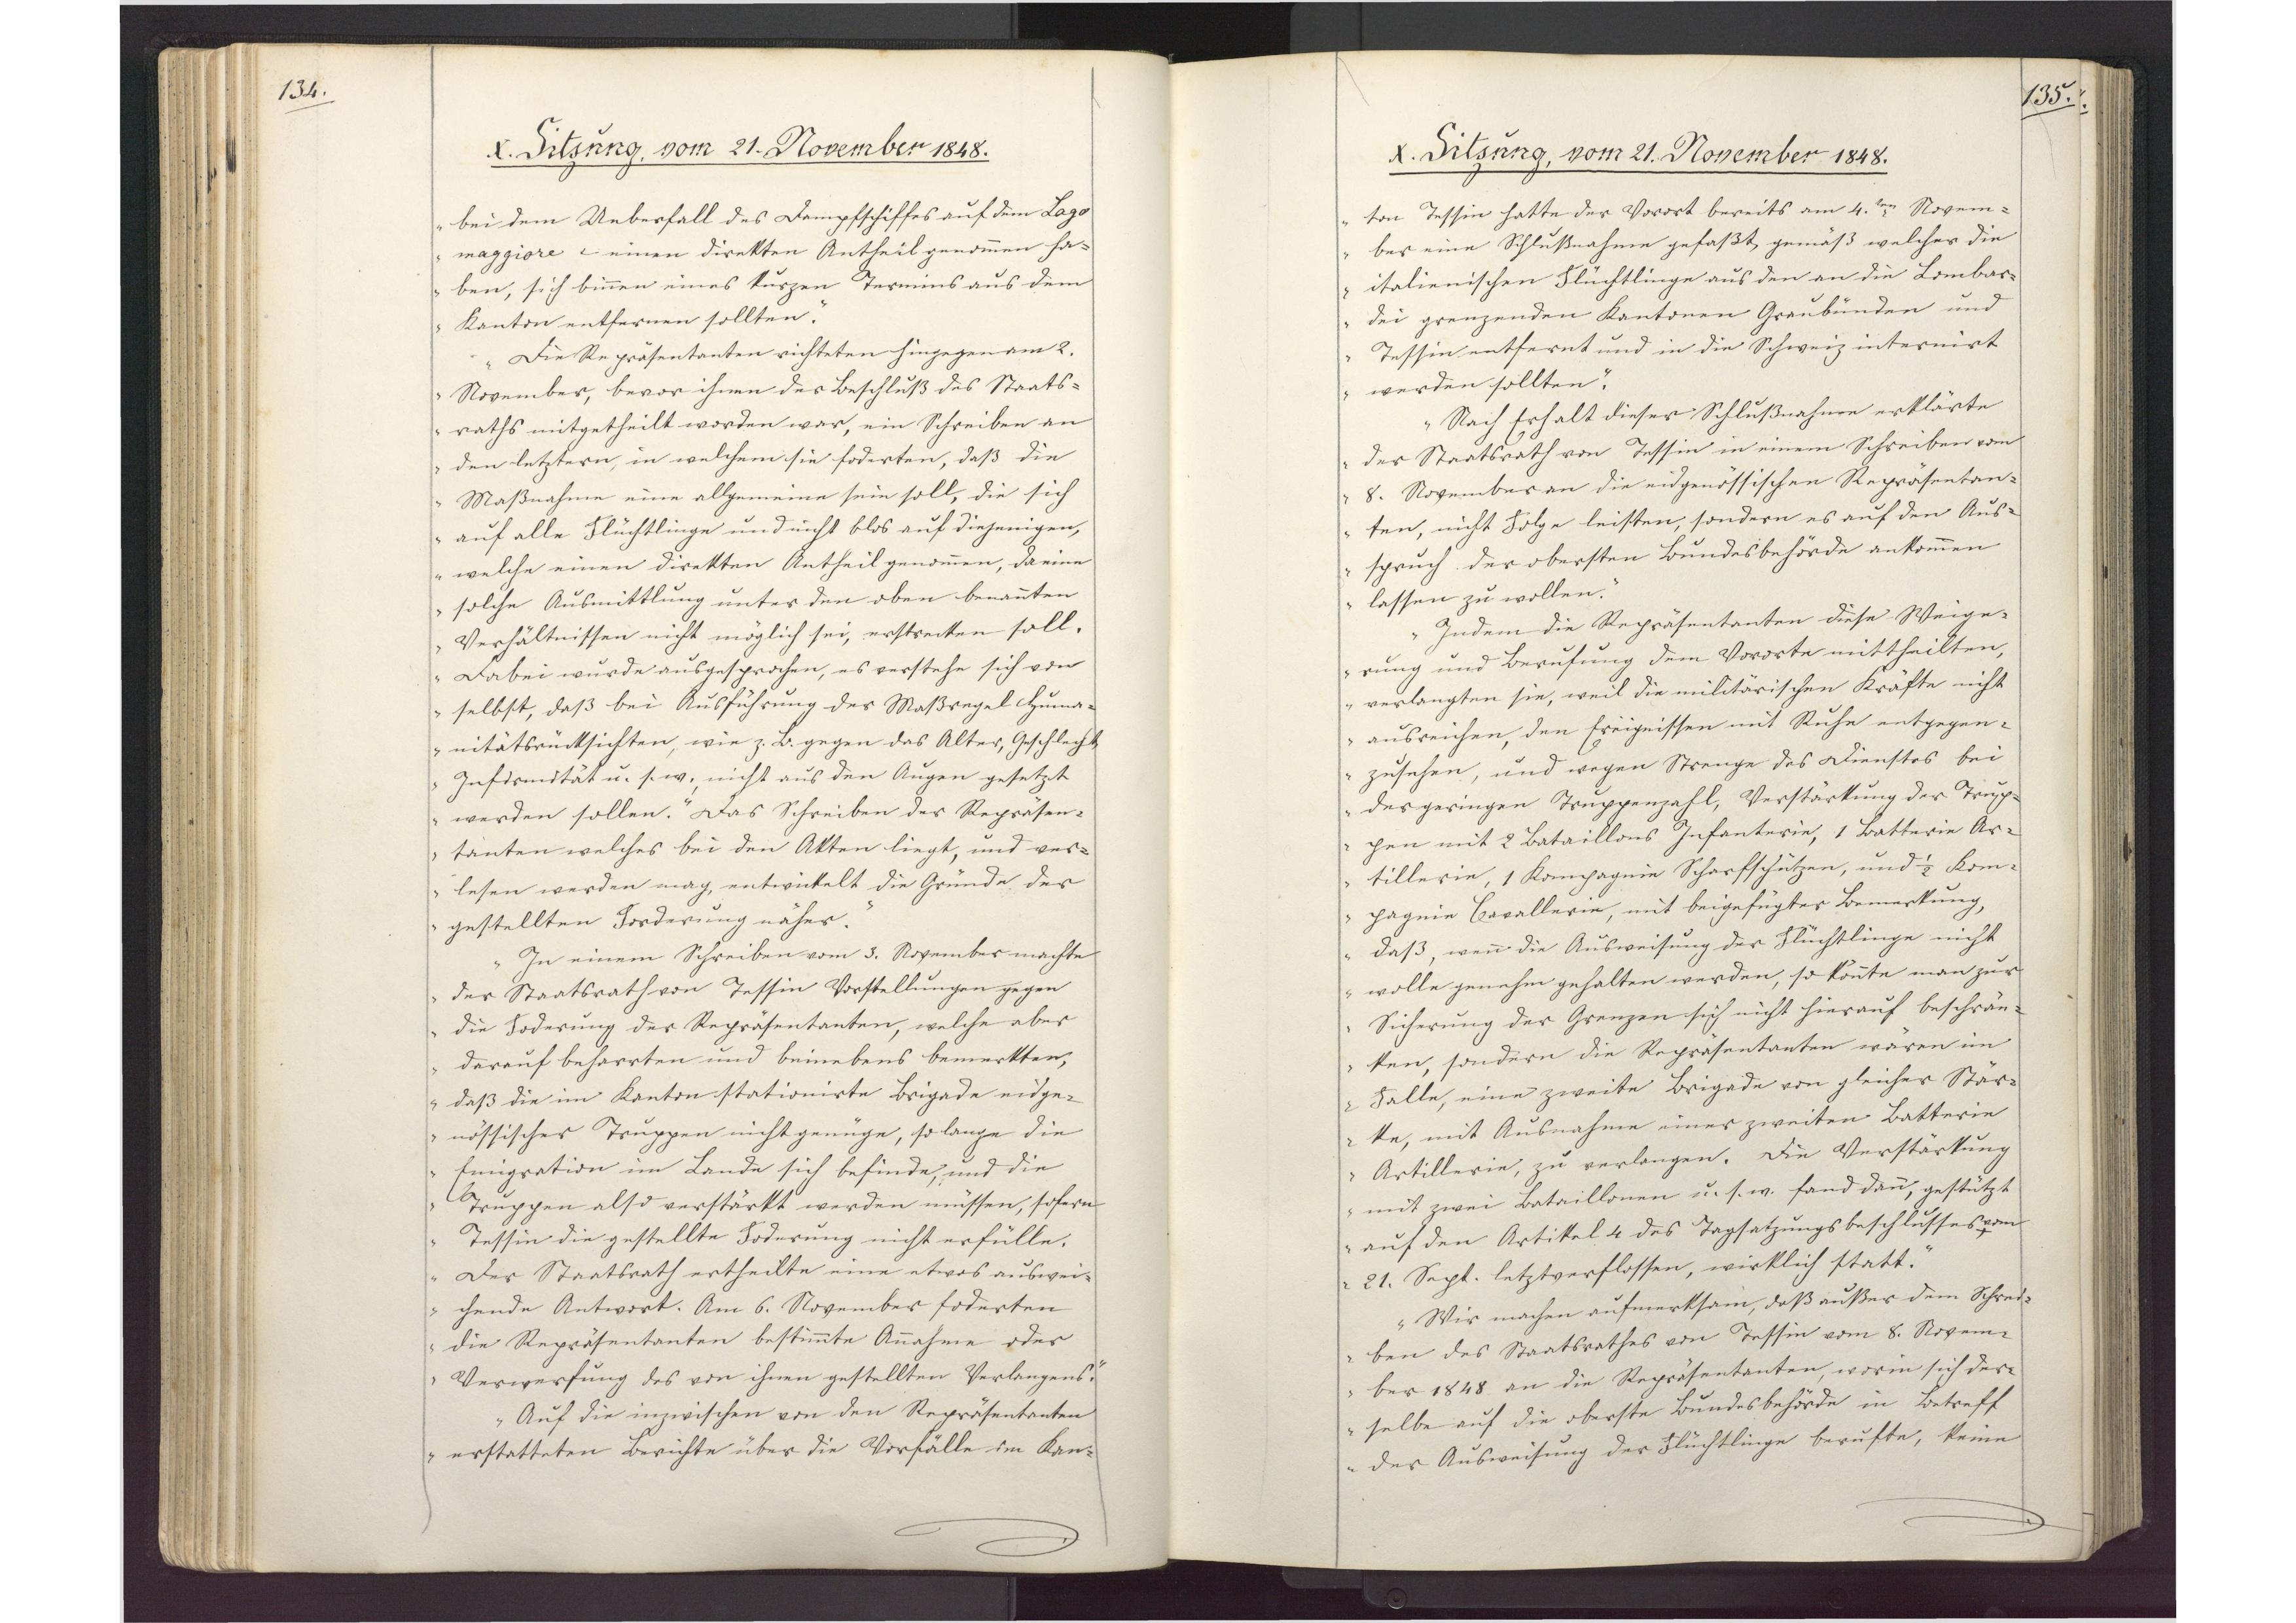
134.

X. Sitzung, vom 21. November 1848.

bei dem Ueberfall des Dampfschiffes auf dem Lago
maggiore einen direkten Antheil genommen ha¬
ben, sich binnen eines kurzen Termins aus dem
Kanton entfernen sollten.
Die Repräsentanten richteten hingegen am 2.
November, bevor ihnen der Beschluß des Staats¬
raths mitgetheilt worden war, ein Schreiben an
den letztern, in welchem sie foderten, daß die
Maßnahme eine allgemeine sein soll, die sich
auf alle Flüchtlinge und nicht blos auf diejenigen,
welche einen direkten Antheil genommen, da eine
solche Ausmittlung unter den oben benannten
Verhältnissen nicht möglich sei, erstrecken soll.
Dabei wurde ausgesprochen, es verstehe sich von
selbst, daß bei Ausführung der Maßregel Huma¬
nitätsrücksichten, wie z.B. gegen das Alter, Geschlecht,
Infirmität u. s. w., nicht aus den Augen gesetzt
werden sollen. Das Schreiben der Repräsen¬
tanten welches bei den Akten liegt, und ver¬
lesen werden mag, entwickelt die Gründe der
gestellten Forderung näher.
In einem Schreiben vom 3. November machte
der Staatsrath von Tessin Vorstellungen gegen
die Foderung der Repräsentanten, welche aber
darauf beharrten und beinebens bemerkten,
daß die im Kanton stationirte Brigade eidge¬
nössischer Truppen nicht genüge, so lange die
Emigration im Lande sich befinde, und die
Truppen also verstärkt werden müssen, sofern
Tessin die gestellte Foderung nicht erfülle.
Der Staatsrath ertheilte eine etwas auswei¬
chende Antwort. Am 6. November foderten
die Repräsentanten bestimmte Annahme oder
Verwerfung des von ihnen gestellten Verlangens.
Auf die inzwischen von den Repräsentanten
erstatteten Berichte über die Vorfälle im Kan¬

135.

X. Sitzung, vom 21. November 1848.

ton Tessin hatte der Vorort bereits am 4.ten Novem¬
ber eine Schlußnahme gefaßt, gemäß welcher die
italienischen Flüchtlinge aus den an die Lombar¬
dei grenzenden Kantonen Graubünden und
Tessin entfernt und in die Schweiz internirt
werden sollten.
Nach Erhalt dieser Schlußnahme erklärte
der Staatsrath von Tessin in einem Schreiben vom
8. November an die eigenössischen Repräsentan¬
ten, nicht Folge leisten, sondern es auf den Aus¬
spruch der obersten Bundesbehörde ankommen
lassen zu wollen.
Indem die Repräsentanten diese Weige¬
rung und Berufung dem Vororte mittheilten,
verlangten sie, weil die militärischen Kräfte nicht
ausreichen, den Ereignissen mit Ruhe entgegen¬
zusehen, und wegen Strenge des Dienstes bei
der geringen Truppenzahl, Verstärkung der Trup¬
pen mit 2 Bataillons Infanterie, 1 Batterie Ar¬
tillerie, 1 Kompagnie Scharfschützen, und 1/2 Kom¬
pagnie Cavallerie, mit beigefügter Bemerkung,
daß, wenn die Ausweisung der Flüchtlinge nicht
wolle genehm gehalten werden, so könnte man zur
Sicherung der Grenzen sich nicht hierauf beschrän¬
ken, sondern die Repräsentanten wären im
Falle, eine zweite Brigade von gleicher Stär¬
ke, mit Ausnahme einer zweiten Batterie
Artillerie, zu verlangen. Die Verstärkung
mit zwei Bataillonen u. s. w. fand dann, gestützt
auf den Artikel 4 des Tagsatzungsbeschlusses vom
21. Sept. letztverflossen, wirklich statt.
Wir machen aufmerksam, daß außer dem Schrei¬
ben des Staatsrathes von Tessin vom 8. Novem¬
ber 1848 an die Repräsentanten,worin sich der¬
selbe auf die oberste Bundesbehörde in Betreff
der Ausweisung der Flüchtlinge berufte, keine